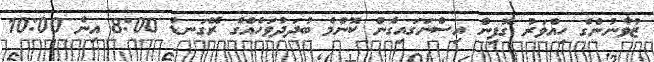
ޒުވާނުންގެ ހިއްވަރު ގޮފިން އިސްނަގައިގެން ކޮންމެ ބުދަދުވަހެއްގެ ރޭގަނޑު 8:00 އިން 10:00